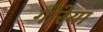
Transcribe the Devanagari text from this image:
गोरेया